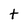
Character: t